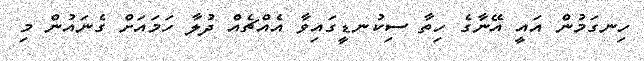
ހިނގަމުން އައީ އޭނާގެ ހިތާ ސިކުނޑީގައިވާ އެއްޗެއް ދުލާ ހަމައަށް ގެނައުން މި